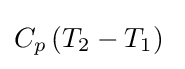
C_{p}\left(T_{2}-T_{1}\right)\;